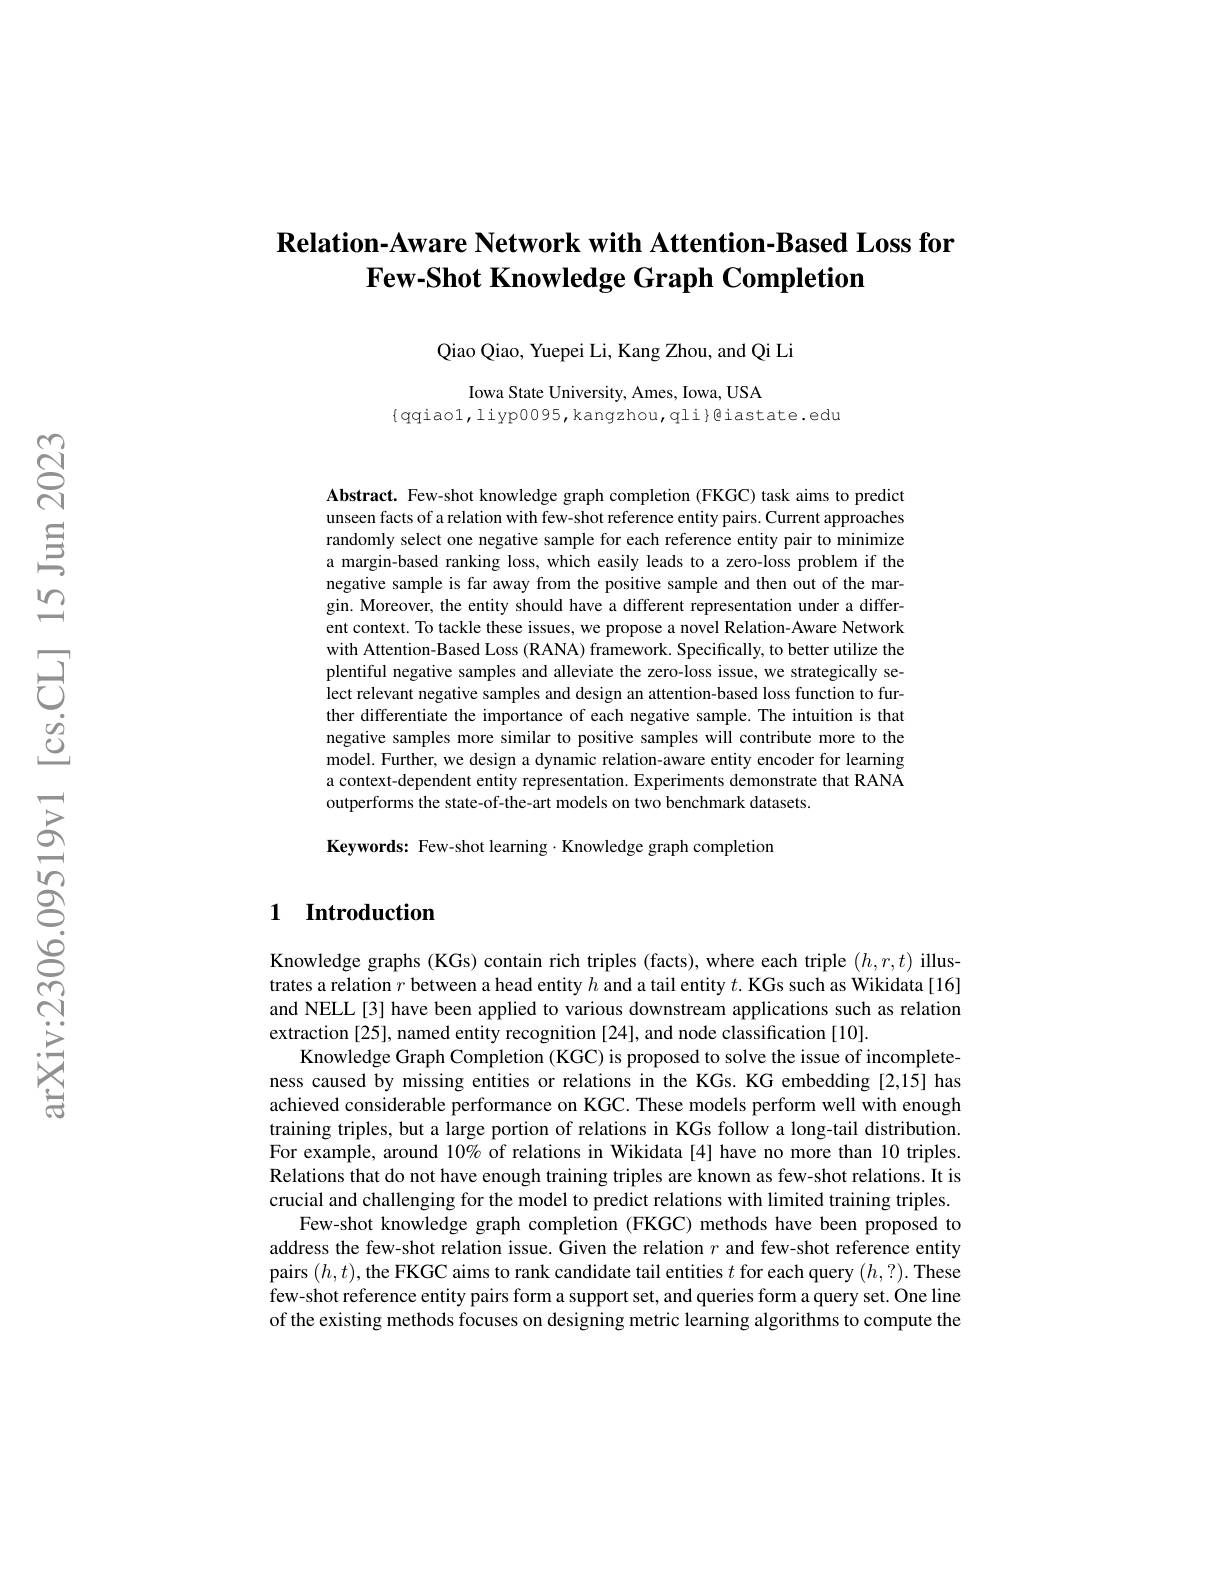
## $\textbf{Relation- Aware Network with Attention- Based Loss for}$ Few-Shot Knowledge Graph Completion

Qiao Qiao, Yuepei Li, Kang Zhou, and Qi Li

Iowa State University, Ames, Iowa, USA
$\{$qqiaol,liyp0095,kangzhou,qli}eiastate.edu

Abstract. Few-shot knowledge graph completion (FKGC) task aims to predict unseen facts of a relation with few-shot reference entity pairs. Current approaches randomly select one negative sample for each reference entity pair to minimize a margin-based ranking loss, which easily leads to a zero-loss problem if the negative sample is far away from the positive sample and then out of the margin. Moreover, the entity should have a different representation under a different context. To tackle these issues, we propose a novel Relation-Aware Network with Attention-Based Loss (RANA) framework. Specifically, to better utilize the plentiful negative samples and alleviate the zero-loss issue, we strategically select relevant negative samples and design an attention-based loss function to further differentiate the importance of each negative sample.The intuition is that negative samples more similar to positive samples will contribute more to the model. Further, we design a dynamic relation-aware entity encoder for learning a context-dependent entity representation. Experiments demonstrate that RANA outperforms the state-of-the-art models on two benchmark datasets.

Keywords: Few-shot learning $\cdot$Knowledge graph completion

## 1 Introduction

Knowledge graphs (KGs) contain rich triples (facts), where each triple $(h,r,t)$ illustrates a relation $r$ between a head entity $h$ and a tail entity $t.$ KGs such as Wikidata[16] and NELL[3] have been applied to various downstream applications such as relation extraction [25], named entity recognition [24], and node classification [10].
Knowledge Graph Completion (KGC) is proposed to solve the issue of incompleteness caused by missing entities or relations in the KGs. KG embedding [2,15] has achieved considerable performance on KGC. These models perform well with enough training triples, but a large portion of relations in KGs follow a long-tail distribution. For example, around $10\%$ of relations in Wikidata[4] have no more than 10 triples. Relations that do not have enough training triples are known as few-shot relations. It is crucial and challenging for the model to predict relations with limited training triples.
Few-shot knowledge graph completion (FKGC) methods have been proposed to address the few-shot relation issue. Given the relation $r$ and few-shot reference entity pairs $(h,t)$,the FKGC aims to rank candidate tail entities $t$ for each query $(h,?).$ These few-shot reference entity pairs form a support set, and queries form a query set. One line of the existing methods focuses on designing metric learning algorithms to compute the